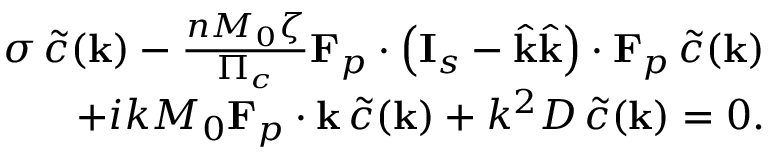
\begin{array} { r } { \sigma \, \tilde { c } ( \mathbf { k } ) - \frac { n M _ { 0 } \zeta } { \Pi _ { c } } \mathbf { F } _ { p } \boldsymbol { \cdot } \left( \mathbf { I } _ { s } - \hat { \mathbf { k } } \hat { \mathbf { k } } \right) \boldsymbol { \cdot } \mathbf { F } _ { p } \, \tilde { c } ( \mathbf { k } ) } \\ { + i k M _ { 0 } \mathbf { F } _ { p } \boldsymbol { \cdot } \mathbf { k } \, \tilde { c } ( \mathbf { k } ) + k ^ { 2 } D \, \tilde { c } ( \mathbf { k } ) = 0 . } \end{array}